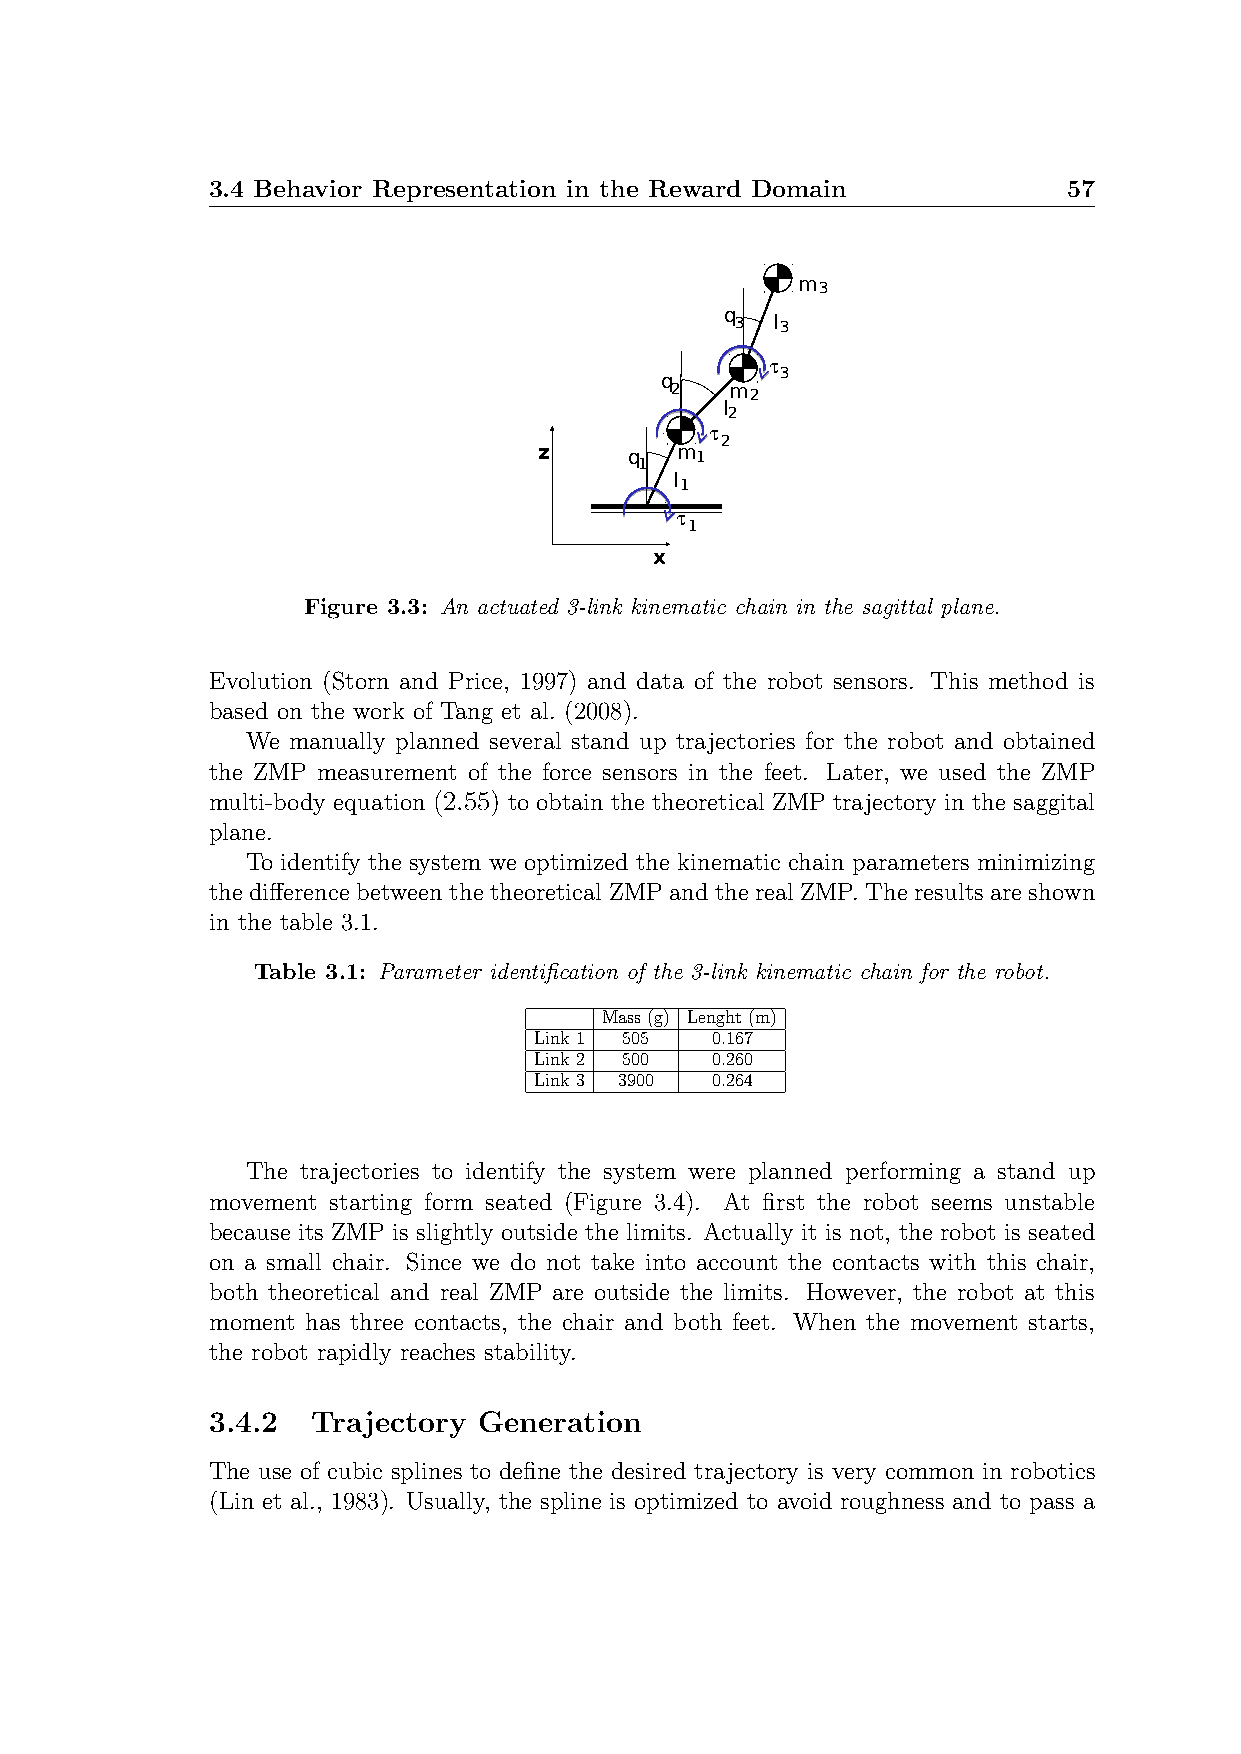
3.4 Behavior Representation in the Reward Domain         57
 m3
 q
 3 l 3
 t
 3
 q
 2   m2
 l
 2
 t
 2
 z     q  m1
 1
 l
 1
 t
 1
 x
 Figure 3.3: An actuated 3-link kinematic chain in the sagittal plane.
 Evolution (Storn and Price, 1997) and data of the robot sensors. This method is
 based on the work of Tang et al. (2008).
 We manually planned several stand up trajectories for the robot and obtained
 the ZMP measurement of the force sensors in the feet. Later, we used the ZMP
 multi-body equation (2.55) to obtain the theoretical ZMP trajectory in the saggital
 plane.
 To identify the system we optimized the kinematic chain parameters minimizing
 the difference between the theoretical ZMP and the real ZMP. The results are shown
 in the table 3.1.
 Table 3.1: Parameter identification of the 3-link kinematic chain for the robot.
 Mass(g) Lenght(m)
 Link1 505   0.167
 Link2 500   0.260
 Link3 3900  0.264
 The trajectories to identify the system were planned performing a stand up
 movement starting form seated (Figure 3.4). At first the robot seems unstable
 because its ZMP is slightly outside the limits. Actually it is not, the robot is seated
 on a small chair. Since we do not take into account the contacts with this chair,
 both theoretical and real ZMP are outside the limits. However, the robot at this
 moment has three contacts, the chair and both feet. When the movement starts,
 the robot rapidly reaches stability.
 3.4.2  Trajectory Generation
 The use of cubic splines to define the desired trajectory is very common in robotics
 (Lin et al., 1983). Usually, the spline is optimized to avoid roughness and to pass a